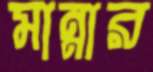
মান্নার